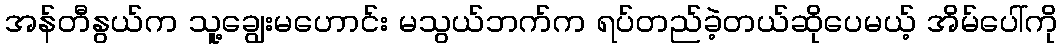
အန်တီနွယ်က သူ့ချွေးမဟောင်း မသွယ်ဘက်က ရပ်တည်ခဲ့တယ်ဆိုပေမယ့် အိမ်ပေါ်ကို